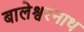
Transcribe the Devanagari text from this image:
बालेश्वरनाथ